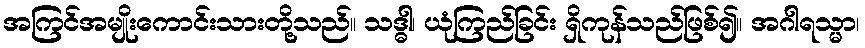
အကြင်အမျိုးကောင်းသားတို့သည်။ သဒ္ဓါ၊ ယုံကြည်ခြင်း ရှိကုန်သည်ဖြစ်၍။ အဂါရသ္မာ၊